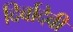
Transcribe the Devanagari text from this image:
दिर्बादेवी